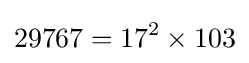
29767=17^{2}\times 103